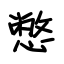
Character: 憋